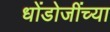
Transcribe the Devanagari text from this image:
धोंडोजींच्या